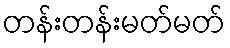
တန်းတန်းမတ်မတ်